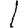
Digit: 1